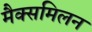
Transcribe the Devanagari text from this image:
मैक्समिलन